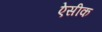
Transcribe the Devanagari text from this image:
ऐसीक